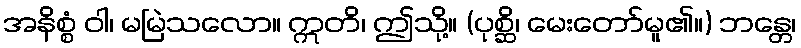
အနိစ္စံ ဝါ၊ မမြဲသလော။ ဣတိ၊ ဤသို့။ (ပုစ္ဆိ၊ မေးတော်မူ၏။) ဘန္တေ၊